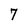
Character: 7